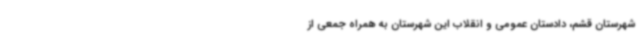
شهرستان قشم، دادستان عمومی و انقلاب این شهرستان به همراه جمعی از